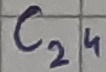
Text: C24